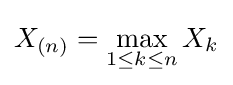
X_{(n)}=\max _{1\leq k\leq n}{X_{k}}